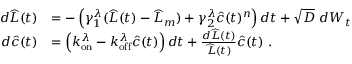
\begin{array} { r l } { d \widehat { L } ( t ) } & { = - \left( \gamma _ { 1 } ^ { \lambda } ( \widehat { L } ( t ) - \widehat { L } _ { m } ) + \gamma _ { 2 } ^ { \lambda } \widehat { c } ( t ) ^ { n } \right) d t + \sqrt { D } \ d W _ { t } } \\ { d \widehat { c } ( t ) } & { = \left( k _ { \mathrm { o n } } ^ { \lambda } - k _ { \mathrm { o f f } } ^ { \lambda } \widehat { c } ( t ) \right) d t + \frac { d \widehat { L } ( t ) } { \widehat { L } ( t ) } \widehat { c } ( t ) \ . } \end{array}